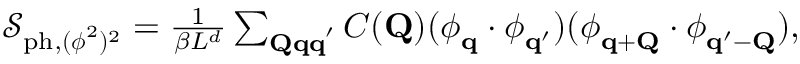
\begin{array} { r } { \mathcal { S } _ { \mathrm { p h } , ( \boldsymbol { \phi } ^ { 2 } ) ^ { 2 } } = \frac { 1 } { \beta L ^ { d } } \sum _ { \mathbf { Q q q } ^ { \prime } } C ( \mathbf { Q } ) ( \boldsymbol { \phi } _ { \mathbf { q } } \cdot \boldsymbol { \phi } _ { \mathbf { q } ^ { \prime } } ) ( \boldsymbol { \phi } _ { \mathbf { q + Q } } \cdot \boldsymbol { \phi } _ { \mathbf { q ^ { \prime } - Q } } ) , } \end{array}